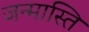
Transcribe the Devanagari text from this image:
जन्मास्ति